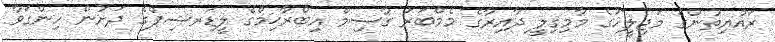
ރައްޔިތުންގެ މަޖިލީހުގެ މާމިގިލީ ދާއިރާގެ މެމްބަރު ގާސިމް އިބްރާޙިމްގެ ލީޑަރޝިޕްގެ ދަށުން ހިންގަވާ